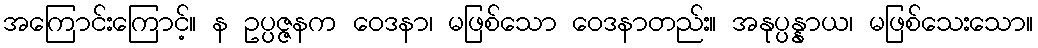
အကြောင်းကြောင့်။ န ဥပ္ပဇ္ဇနက ဝေဒနာ၊ မဖြစ်သော ဝေဒနာတည်း။ အနုပ္ပန္နာယ၊ မဖြစ်သေးသော။